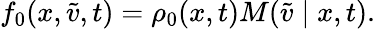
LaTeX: f_{0}(x,\tilde{v},t)=\rho_{0}(x,t)M(\tilde{v}\mid x,t).